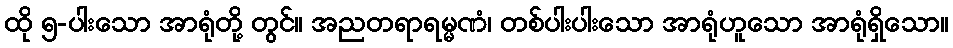
ထို ၅-ပါးသော အာရုံတို့ တွင်။ အညတရာရမ္မဏံ၊ တစ်ပါးပါးသော အာရုံဟူသော အာရုံရှိသော။